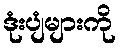
ဒုံးပျံများကို